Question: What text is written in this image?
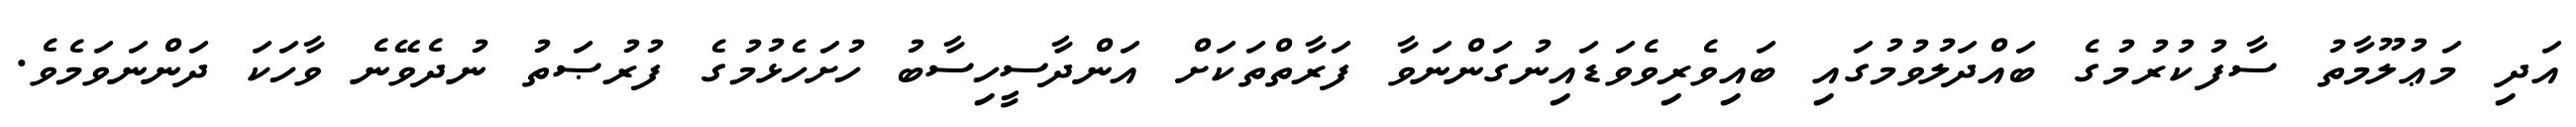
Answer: އަދި މަޢުލޫމާތު ސާފުކުރުމުގެ ބައްދަލުވުމުގައި ބައިވެރިވެވަޑައިނުގަންނަވާ ފަރާތްތަކަށް އަންދާސީހިސާބު ހުށަހެޅުމުގެ ފުރުޞަތު ނުދެވޭނެ ވާހަކަ ދަންނަވަމެވެ.